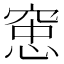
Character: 𫁑